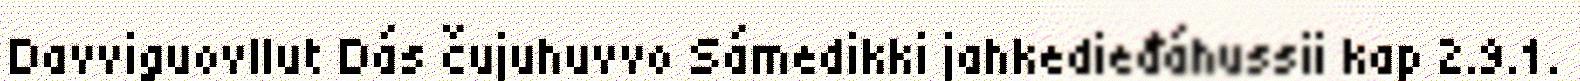
Davviguovllut Dás čujuhuvvo Sámedikki jahkedieđáhussii kap 2.9.1.